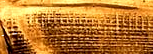
Speed Limit 60